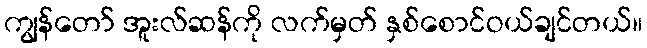
ကျွန်တော် အူးလ်ဆန်ကို လက်မှတ် နှစ်စောင်ဝယ်ချင်တယ်။